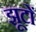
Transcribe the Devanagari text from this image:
झूटों